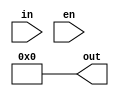
module    quiz2(     out ,
                     in  ,
                     en  );
                          
output   [7:0]     out                  ;   //8bit
input    [2:0]     in                   ;   //3bit
input              en                   ;  

assign   out = (en==1'b1)? 8'd2<<7 : 8'd0    ;


endmodule